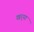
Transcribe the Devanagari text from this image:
खर्‍या